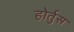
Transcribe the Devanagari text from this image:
होर्तुस